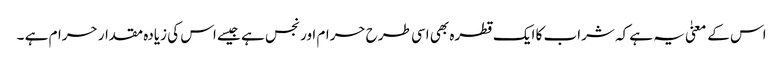
اس کے معنیٰ یہ ہے کہ شراب کا ایک قطرہ بھی اسی طرح حرام اور نجس ہے جیسے اس کی زیادہ مقدار حرام ہے ۔